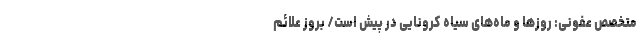
متخصص عفونی: روزها و ماه‌های سیاه کرونایی در پیش است/ بروز علائم